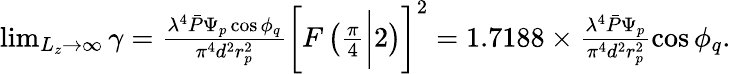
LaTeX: \begin{array}{r}{\operatorname*{lim}_{L_{z}\rightarrow\infty}\gamma=\frac{\lambda^{4}\bar{P}\Psi_{p}\cos\phi_{q}}{\pi^{4}d^{2}r_{p}^{2}}\left[F\left(\frac{\pi}{4}\bigg|2\right)\right]^{2}=1.7188\times\frac{\lambda^{4}\bar{P}\Psi_{p}}{\pi^{4}d^{2}r_{p}^{2}}\cos\phi_{q}.}\end{array}